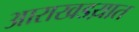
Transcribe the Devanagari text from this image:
आराखडय़ात